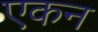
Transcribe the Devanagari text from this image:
एकन